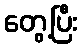
တွေ့ပြီး